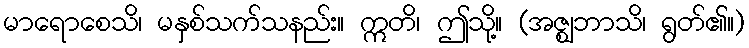
မာရောစေသိ၊ မနှစ်သက်သနည်း။ ဣတိ၊ ဤသို့။ (အဇ္ဈဘာသိ၊ ရွတ်၏။)